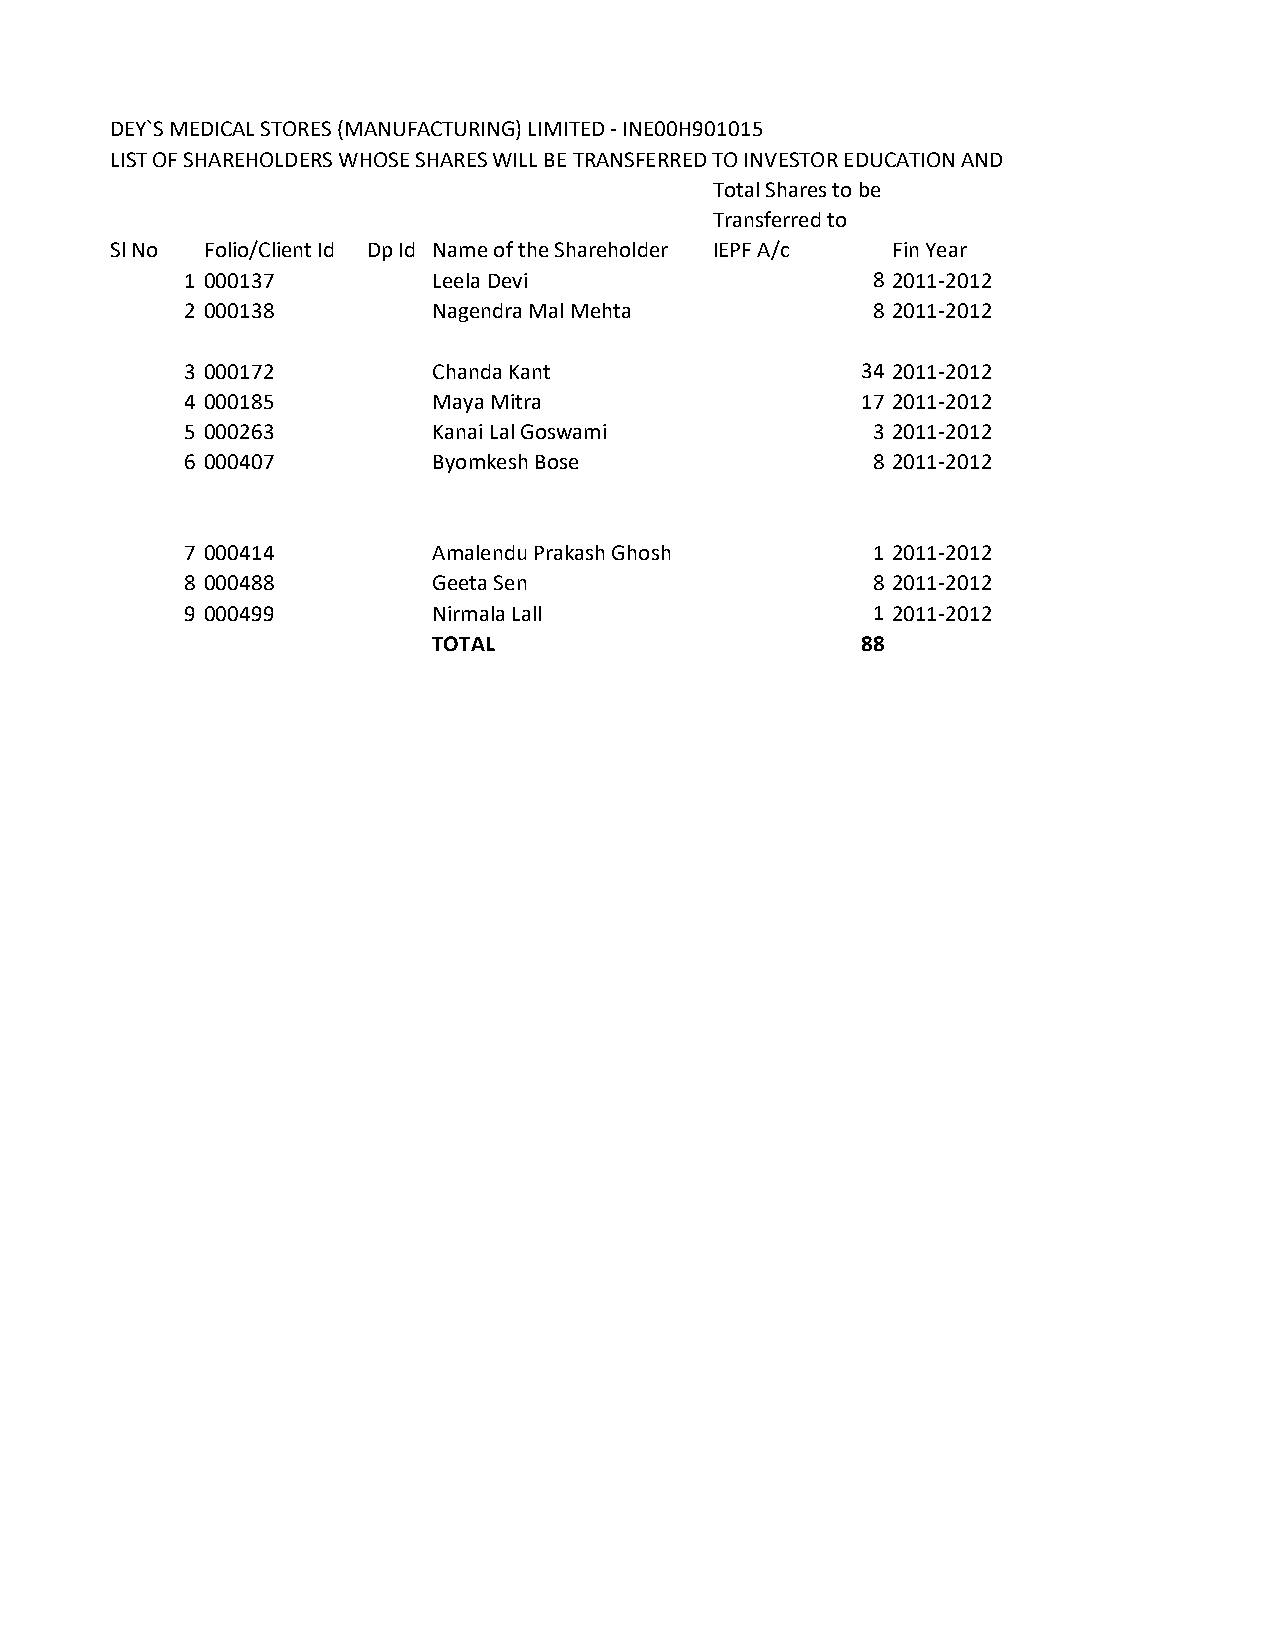
DEY`S MEDICAL STORES (MANUFACTURING) LIMITED - INE00H901015
 LIST OF SHAREHOLDERS WHOSE SHARES WILL BE TRANSFERRED TO INVESTOR EDUCATION AND PROTECTION FUND
 Total Shares to be
 Transferred to
 Sl No  Folio/Client Id Dp Id Name of the Shareholder IEPF A/c Fin Year
 1 000137         Leela Devi                   8 2011-2012
 2 000138         Nagendra Mal Mehta           8 2011-2012
 3 000172         Chanda Kant                 34 2011-2012
 4 000185         Maya Mitra                  17 2011-2012
 5 000263         Kanai Lal Goswami            3 2011-2012
 6 000407         Byomkesh Bose                8 2011-2012
 7 000414         Amalendu Prakash Ghosh       1 2011-2012
 8 000488         Geeta Sen                    8 2011-2012
 9 000499         Nirmala Lall                 1 2011-2012
 TOTAL                       88